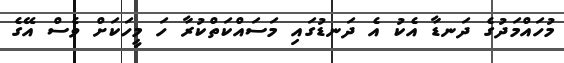
މުހައްމަދުގެ ދަނޑާ އެކު އެ ދަނޑުގައި މަސައްކަތްކުރާ ހަ މީހަކަށް ވެސް އޭގެ